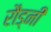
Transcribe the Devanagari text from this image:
रौड्नी